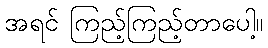
အရင် ကြည့်ကြည့်တာပေါ့။